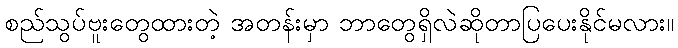
စည်သွပ်ဗူးတွေထားတဲ့ အတန်းမှာ ဘာတွေရှိလဲဆိုတာပြပေးနိုင်မလား။